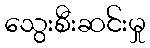
သွေးစီးဆင်းမှု